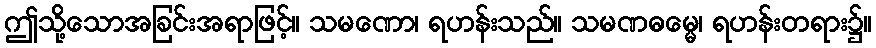
ဤသို့သောအခြင်းအရာဖြင့်။ သမဏော၊ ရဟန်းသည်။ သမဏဓမ္မေ၊ ရဟန်းတရား၌။